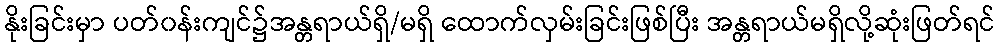
နိုးခြင်းမှာ ပတ်၀န်းကျင်၌အန္တရာယ်ရှိ/မရှိ ထောက်လှမ်းခြင်းဖြစ်ပြီး အန္တရာယ်မရှိလို့ဆုံးဖြတ်ရင်